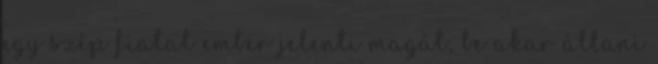
egy szép fiatal ember jelenti magát, be akar állani